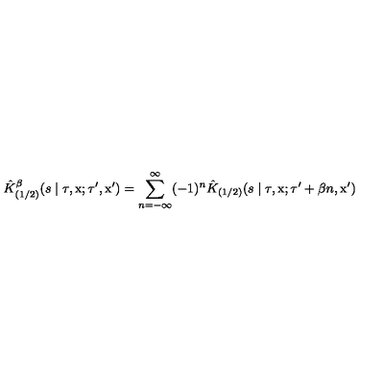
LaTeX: \hat { K } _ { ( 1 / 2 ) } ^ { \beta } ( s \mid \tau , \mathrm { \boldmath x } ; \tau ^ { \prime } , \mathrm { \boldmath x ' } ) = \sum _ { n = - \infty } ^ { \infty } ( - 1 ) ^ { n } \hat { K } _ { ( 1 / 2 ) } ( s \mid \tau , \mathrm { \boldmath x } ; \tau ^ { \prime } + \beta n , \mathrm { \boldmath x ' } )